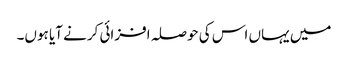
میں یہاں اس کی حوصلہ افزائی کرنے آیا ہوں۔